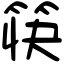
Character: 筷